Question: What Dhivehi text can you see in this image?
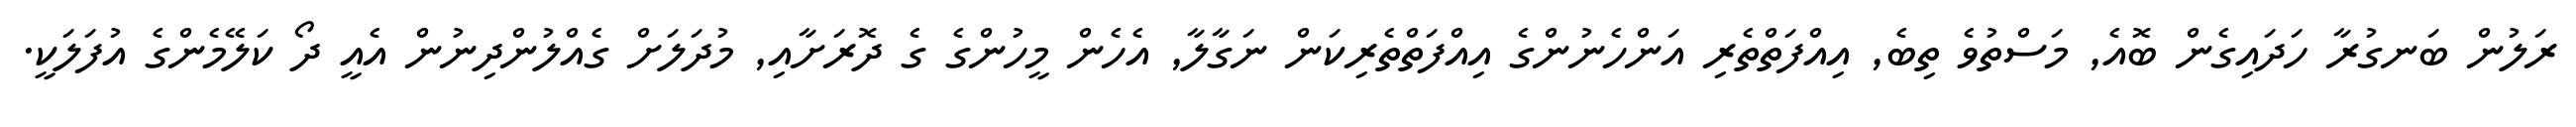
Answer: ރަލުން ބަނގުރާ ހަދައިގެން ބޮއެ, މަސްތުވެ ތިބެ, އިއްފަތްތެރި އަންހެނުންގެ އިއްފަތްތެރިކަން ނަގާލާ, އެހެން މީހުންގެ ގެ ދޮރަށާއި, މުދަލަށް ގެއްލުންދިނުން އެއީ ދޯ ކަލޭމެންގެ އުފަލަކީ.